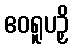
ဧဝရူပဉှိ